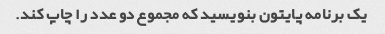
یک برنامه پایتون بنویسید که مجموع دو عدد را چاپ کند.